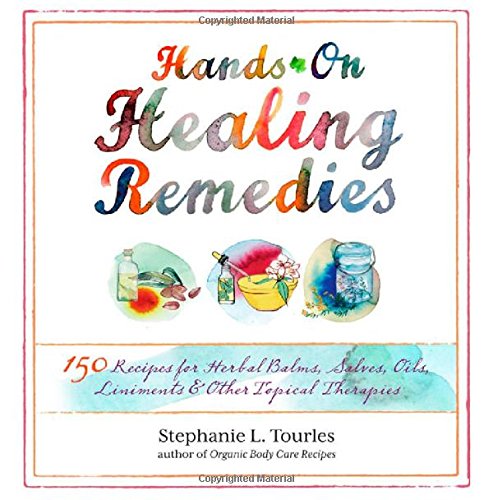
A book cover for Hands-On Healing Remedies: 150 Recipes for Herbal Balms, Salves, Oils, Liniments & Other Topical Therapies; Stephanie L. Tourles; Health, Fitness & Dieting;